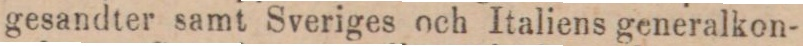
gesandter samt Sveriges och Italiens generalkon-